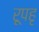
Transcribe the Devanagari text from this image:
रूपहृ